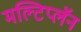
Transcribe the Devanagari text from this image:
मल्टिप्लॅन